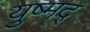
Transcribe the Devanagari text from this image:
युष्मद्